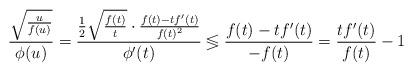
LaTeX: \begin{align*}\frac{\sqrt{\frac{u}{f(u)}}}{\phi(u)}=\frac{\frac{1}{2}\sqrt{\frac{f(t)}{t}}\cdot\frac{f(t)-tf'(t)}{f(t)^2}}{\phi'(t)}\lessgtr \frac{f(t)-tf'(t)}{-f(t)}= \frac{tf'(t)}{f(t)}-1\end{align*}